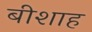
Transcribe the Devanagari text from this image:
बीशाह